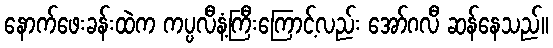
နောက်ဖေးခန်းထဲက ကပ္ပလီနံ့ကြီးကြောင့်လည်း အော်ဂလီ ဆန်နေသည်။